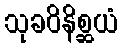
သုခဝိနိစ္ဆယံ